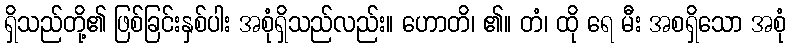
ရှိသည်တို့၏ ဖြစ်ခြင်းနှစ်ပါး အစုံရှိသည်လည်း။ ဟောတိ၊ ၏။ တံ၊ ထို ရေ မီး အစရှိသော အစုံ